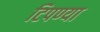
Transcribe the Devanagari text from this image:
टिपण्या